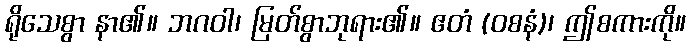
ရိုသေစွာ နာ၏။ ဘဂဝါ၊ မြတ်စွာဘုရား၏။ ဧတံ (ဝစနံ)၊ ဤစကားကို။